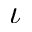
\iota